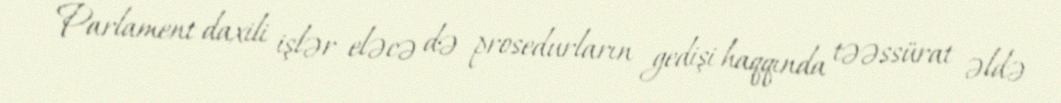
Parlament daxili işlər eləcə də prosedurların gedişi haqqında təəssürat əldə